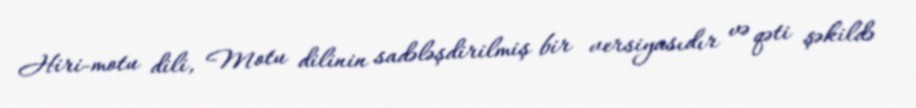
Hiri-motu dili, Motu dilinin sadələşdirilmiş bir versiyasıdır və qəti şəkildə